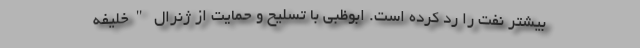
بیشتر نفت را رد کرده است. ابوظبی با تسلیح و حمایت از ژنرال "خلیفه